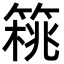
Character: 𥰜